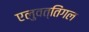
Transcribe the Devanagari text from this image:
एलुवत्तिंगल